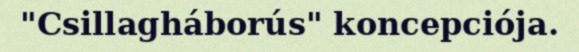
"Csillagháborús" koncepciója.